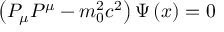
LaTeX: \left( P _ { \mu } P ^ { \mu } - m _ { 0 } ^ { 2 } c ^ { 2 } \right) \Psi \left( x \right) = 0